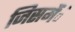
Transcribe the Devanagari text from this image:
जिसमेंंं